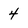
Character: 4